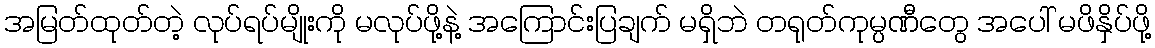
အမြတ်ထုတ်တဲ့ လုပ်ရပ်မျိုးကို မလုပ်ဖို့နဲ့ အကြောင်းပြချက် မရှိဘဲ တရုတ်ကုမ္ပဏီတွေ အပေါ် မဖိနှိပ်ဖို့